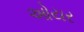
ઓયર